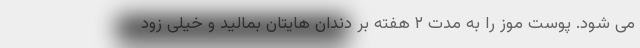
می شود. پوست موز را به مدت ۲ هفته بر دندان هایتان بمالید و خیلی زود